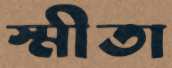
স্মীতা